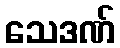
သေဒဏ်